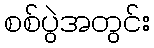
စစ်ပွဲအတွင်း